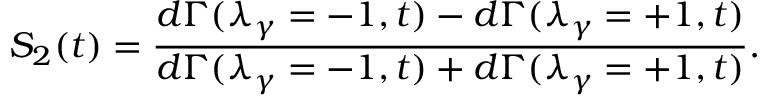
S _ { 2 } ( t ) = \frac { d \Gamma ( \lambda _ { \gamma } = - 1 , t ) - d \Gamma ( \lambda _ { \gamma } = + 1 , t ) } { d \Gamma ( \lambda _ { \gamma } = - 1 , t ) + d \Gamma ( \lambda _ { \gamma } = + 1 , t ) } .